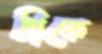
গ্রিকে